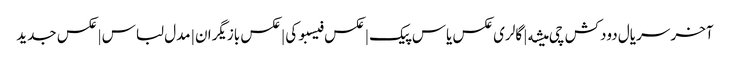
آخر سریال دودکش چی میشه | گالری عکس یاس پیک | عکس فیسبوکی | عکس بازیگران | مدل لباس | عکس جدید